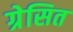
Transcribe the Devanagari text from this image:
ग्रेसित